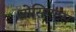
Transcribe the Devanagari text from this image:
सोसिएट्स